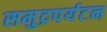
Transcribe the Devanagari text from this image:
समुद्रपर्यटन